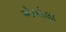
એબોલા